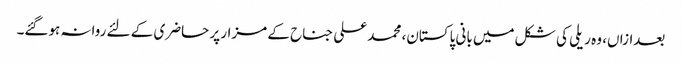
بعدازاں، وہ ریلی کی شکل میں بانی پاکستان، محمد علی جناح کے مزار پر حاضری کے لئے روانہ ہوگئے۔